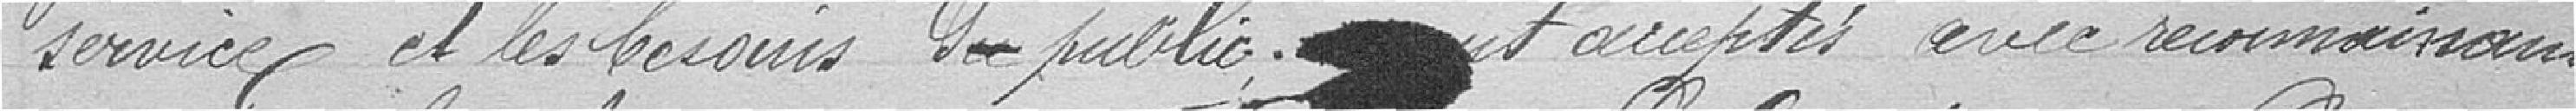
service et les besoins du public sont acceptées avec reconnaissance